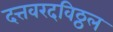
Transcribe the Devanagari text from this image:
दत्तवरदविठ्ठल